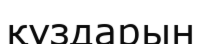
құздарын